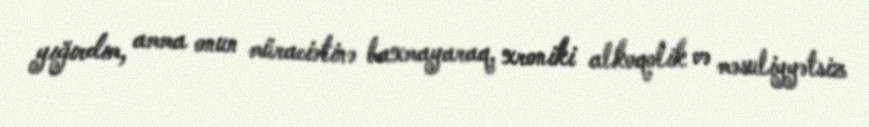
yığırdım, amma onun müraciətinə baxmayaraq, xroniki alkoqolik və məsuliyyətsiz